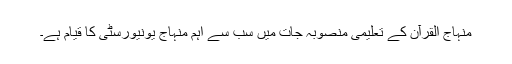
منہاج القرآن کے تعلیمی منصوبہ جات میں سب سے اہم منہاج یونیورسٹی کا قیام ہے۔